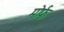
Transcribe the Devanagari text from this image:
मोर्फ